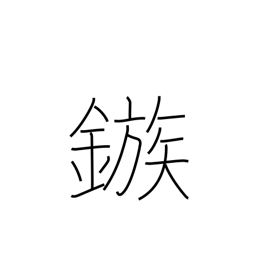
Meaning: barb